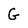
Character: G